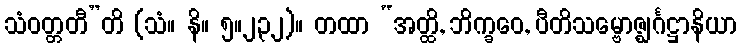
သံဝတ္တတီ”တိ (သံ။ နိ။ ၅။၂၃၂)။ တထာ “အတ္ထိ, ဘိက္ခဝေ, ပီတိသမ္ဗောဇ္ဈင်္ဂဋ္ဌာနိယာ